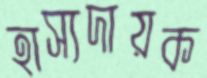
হাস্যদায়ক